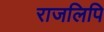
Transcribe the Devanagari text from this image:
राजलिपि